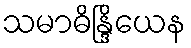
သမာဓိန္ဒြိယေန